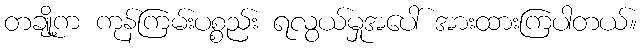
တချို့က ကုန်ကြမ်းပစ္စည်း ရလွယ်မှုအပေါ် အားထားကြပါတယ်။